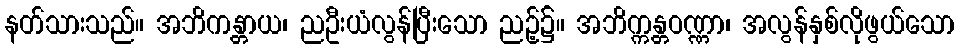
နတ်သားသည်။ အဘိကန္တာယ၊ ညဦးယံလွန်ပြီးသော ညဉ့်၌။ အဘိက္ကန္တဝဏ္ဏာ၊ အလွန်နှစ်လိုဖွယ်သော